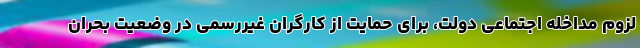
لزوم مداخله اجتماعی دولت، برای حمایت از کارگران غیررسمی در وضعیت بحران